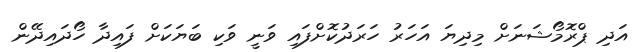
އަދި ޕްރޮމޯޝަނަށް މިދިޔަ އަހަރު ހަރަދުކޮށްފައި ވަނީ ވަކި ބަޔަކަށް ފައިދާ ހޯދައިދޭން